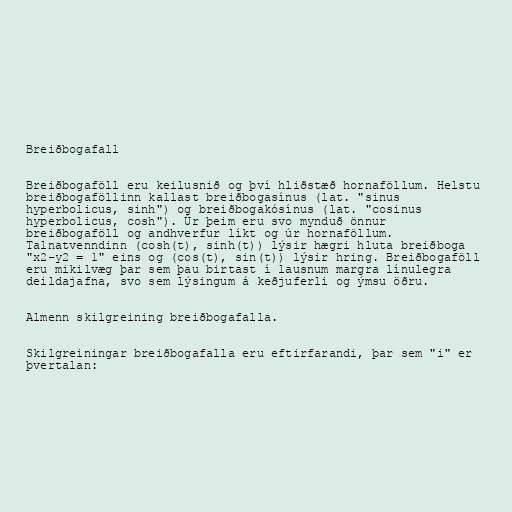
Breiðbogafall

Breiðbogaföll eru keilusnið og því hliðstæð hornaföllum. Helstu
breiðbogaföllinn kallast breiðbogasínus (lat. "sinus
hyperbolicus, sinh") og breiðbogakósínus (lat. "cosinus
hyperbolicus, cosh"). Úr þeim eru svo mynduð önnur
breiðbogaföll og andhverfur líkt og úr hornaföllum.
Talnatvenndinn (cosh(t), sinh(t)) lýsir hægri hluta breiðboga
"x2-y2 = 1" eins og (cos(t), sin(t)) lýsir hring. Breiðbogaföll
eru mikilvæg þar sem þau birtast í lausnum margra línulegra
deildajafna, svo sem lýsingum á keðjuferli og ýmsu öðru.

Almenn skilgreining breiðbogafalla.

Skilgreiningar breiðbogafalla eru eftirfarandi, þar sem "i" er
þvertalan: